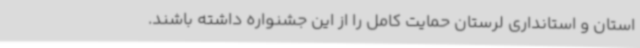
استان و استانداری لرستان حمایت کامل را از این جشنواره داشته باشند.